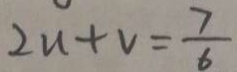
2 u + v = \frac { 7 } { 6 }